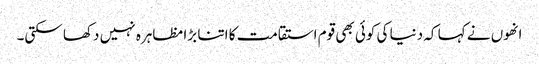
انھوں نے کہا کہ دنیا کی کوئی بھی قوم استقامت کا اتنا بڑا مظاہرہ نہیں دکھا سکتی۔